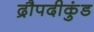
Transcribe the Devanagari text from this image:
द्रौपदीकुंड